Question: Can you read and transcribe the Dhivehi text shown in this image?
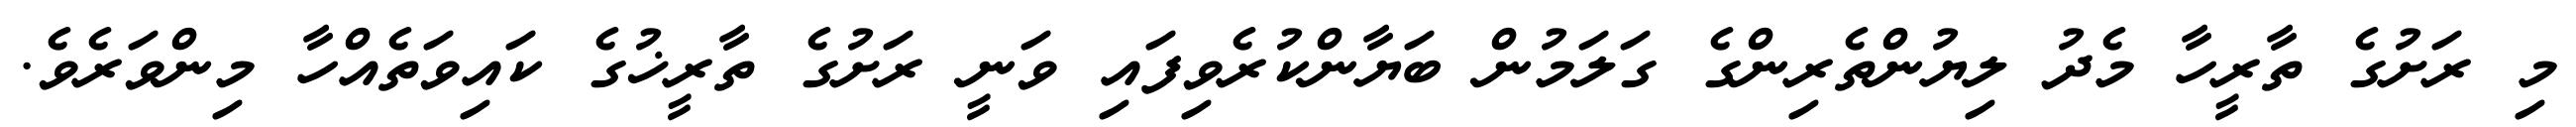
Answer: މި ރަށުގެ ތާރީހާ މެދު ލިޔުންތެރިންގެ ގަލަމުން ބަޔާންކުރެވިފައި ވަނީ ރަށުގެ ތާރީޚުގެ ކައިވަތެއްހާ މިންވަރެވެ.